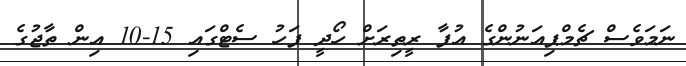
ނަމަވެސް ޗެމްޕިއަނުންގެ އުފާ ރީތިރަށް ހޯދީ ފަހު ސެޓްގައި 15-10 އިން ތާޖުގެ